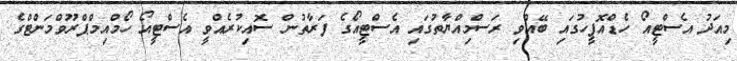
މިއަދު އެސްޓީއޯ ހެޑްއޮފީހުގައި ބޭއްވި ރަސްމިއްޔާތުގައި އެސްޓީއޯގެ ފަރާތުން ސޮއިކުރެއްވީ އެސްޓީއޯ ހޯމްއިމްޕްރޫވްމަންޓްގެ